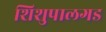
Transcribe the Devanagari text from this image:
शिशुपालगड